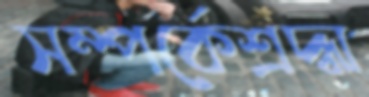
সম্পর্কেশ্রদ্ধা